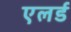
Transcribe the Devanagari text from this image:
एलर्ड